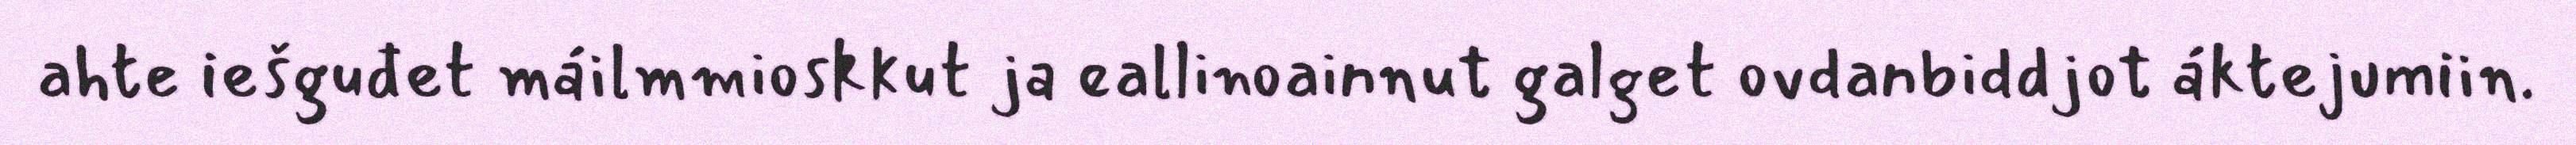
ahte iešguđet máilmmioskkut ja eallinoainnut galget ovdanbiddjot áktejumiin.